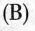
(B)